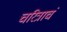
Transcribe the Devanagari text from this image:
चरित्राचं